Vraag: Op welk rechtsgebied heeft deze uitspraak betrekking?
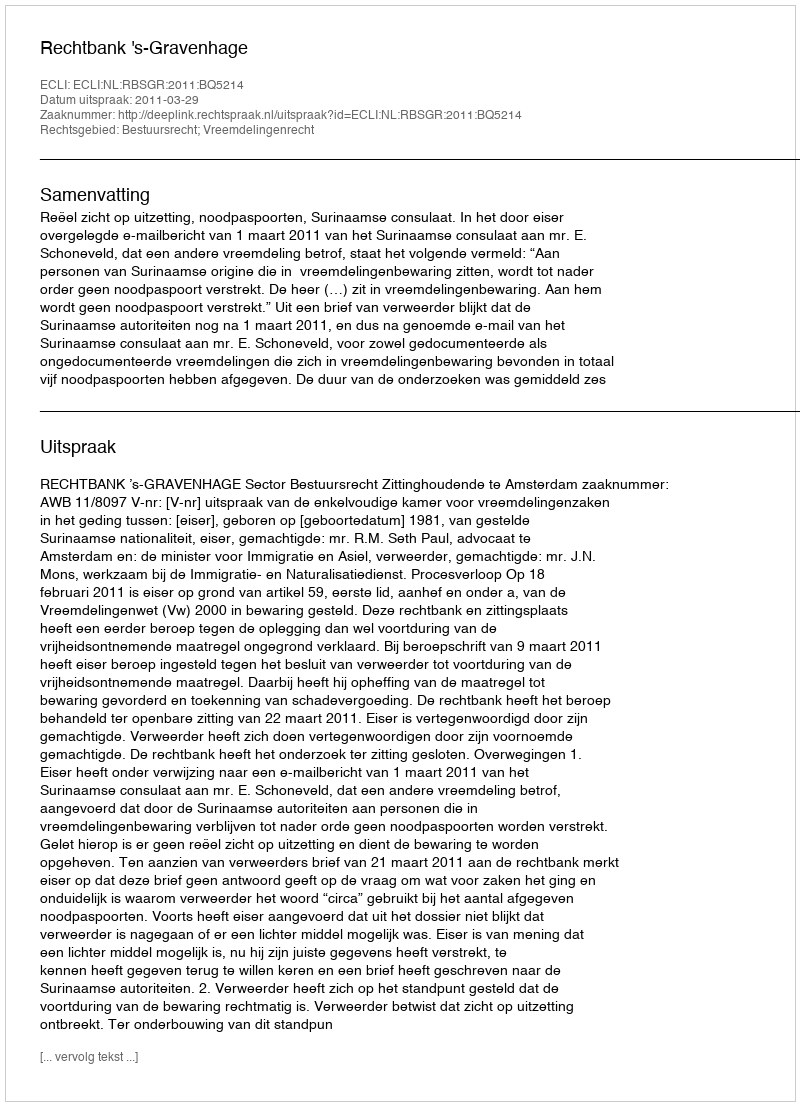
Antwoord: Bestuursrecht; Vreemdelingenrecht